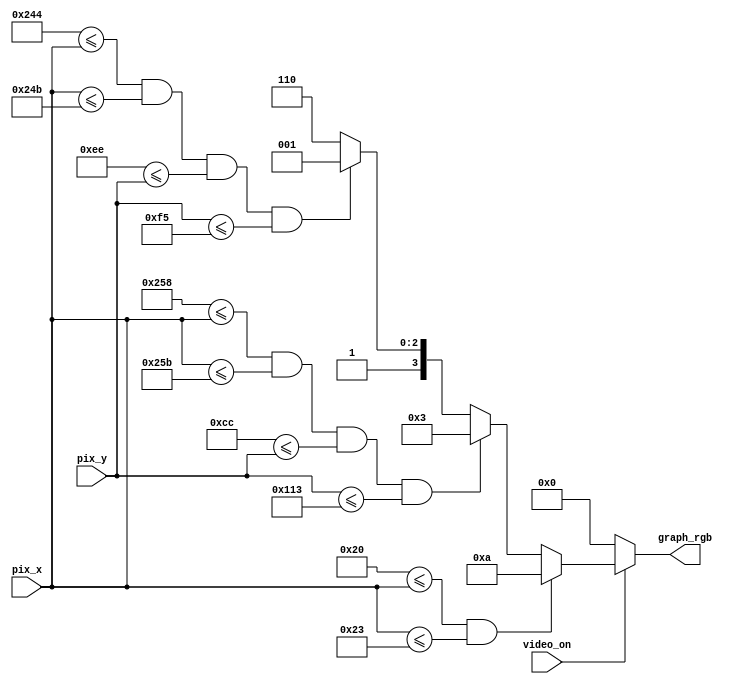
`timescale 1ns / 1ps
//////////////////////////////////////////////////////////////////////////////////
// Company: 
// Engineer: 
// 
// Design Name: 
// Module Name: staticDisplay
// Project Name: 
// Target Devices: 
// Tool Versions: 
// Description: 
// 
// Dependencies: 
// 
// Revision:
// Revision 0.01 - File Created
// Additional Comments:
// 
//////////////////////////////////////////////////////////////////////////////////


module staticDisplay
(
input wire video_on,
input wire [15:0] pix_x, pix_y,
output reg [3:0] graph_rgb
);

// constant and signal declaration
// x, y coordinates (0, 0) to (639, 479)
localparam MAX_X = 640;
localparam MAX_Y = 480;
// vertical stripe as a wall
//
// wall left , right boundary
localparam WALL_X_L = 32;
localparam WALL_X_R = 35;
//
// right vertical bar
//
// bar left , right boundary
localparam BAR_X_L = 600;
localparam BAR_X_R = 603;
// bar top, bottom boundary
localparam BAR_Y_SIZE = 72;
localparam BAR_Y_T = MAX_Y/2 - BAR_Y_SIZE/2; // 204
localparam BAR_Y_B = BAR_Y_T + BAR_Y_SIZE - 1;
// square ball
//
// ball left , right boundary
localparam BALL_X_L = 580;
localparam BALL_X_R = BALL_X_L + 8 - 1;
// ball top, bottom boundary
localparam BALL_Y_T = 238;
localparam BALL_Y_B = BALL_Y_T + 8 - 1;

// object output signals
wire wall_on, bar_on, sq_ball_on;
wire [3:0] wall_rgb, bar_rgb, ball_rgb;

// body
// (wall) left vertical strip
// pixel within wall
assign wall_on = (WALL_X_L <= pix_x) && (pix_x <= WALL_X_R);
// wall rgb output
assign wall_rgb = 4'ha; // blue maybe
//
// right vertical bar
// pixel within bar
assign bar_on = (BAR_X_L <= pix_x) && (pix_x <= BAR_X_R) &&
               (BAR_Y_T <= pix_y) && (pix_y <= BAR_Y_B);
// bar rgb output
assign bar_rgb = 4'h3; // green maybe
//
// square ball
// pixel within squared ball
assign sq_ball_on = (BALL_X_L <= pix_x) && (pix_x <= BALL_X_R) &&
                   (BALL_Y_T <= pix_y) && (pix_y <= BALL_Y_B);
assign ball_rgb = 4'h9; // red maybe

// rgb multiplexing circuit
always @*
    if (!video_on)
        graph_rgb = 4'h0; // blank black
    else if (wall_on)
        graph_rgb = wall_rgb;
    else if (bar_on)
        graph_rgb = bar_rgb;
    else if (sq_ball_on)
        graph_rgb = ball_rgb;
    else
        graph_rgb = 4'he; // yellow background
endmodule